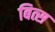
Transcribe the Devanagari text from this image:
बित्स